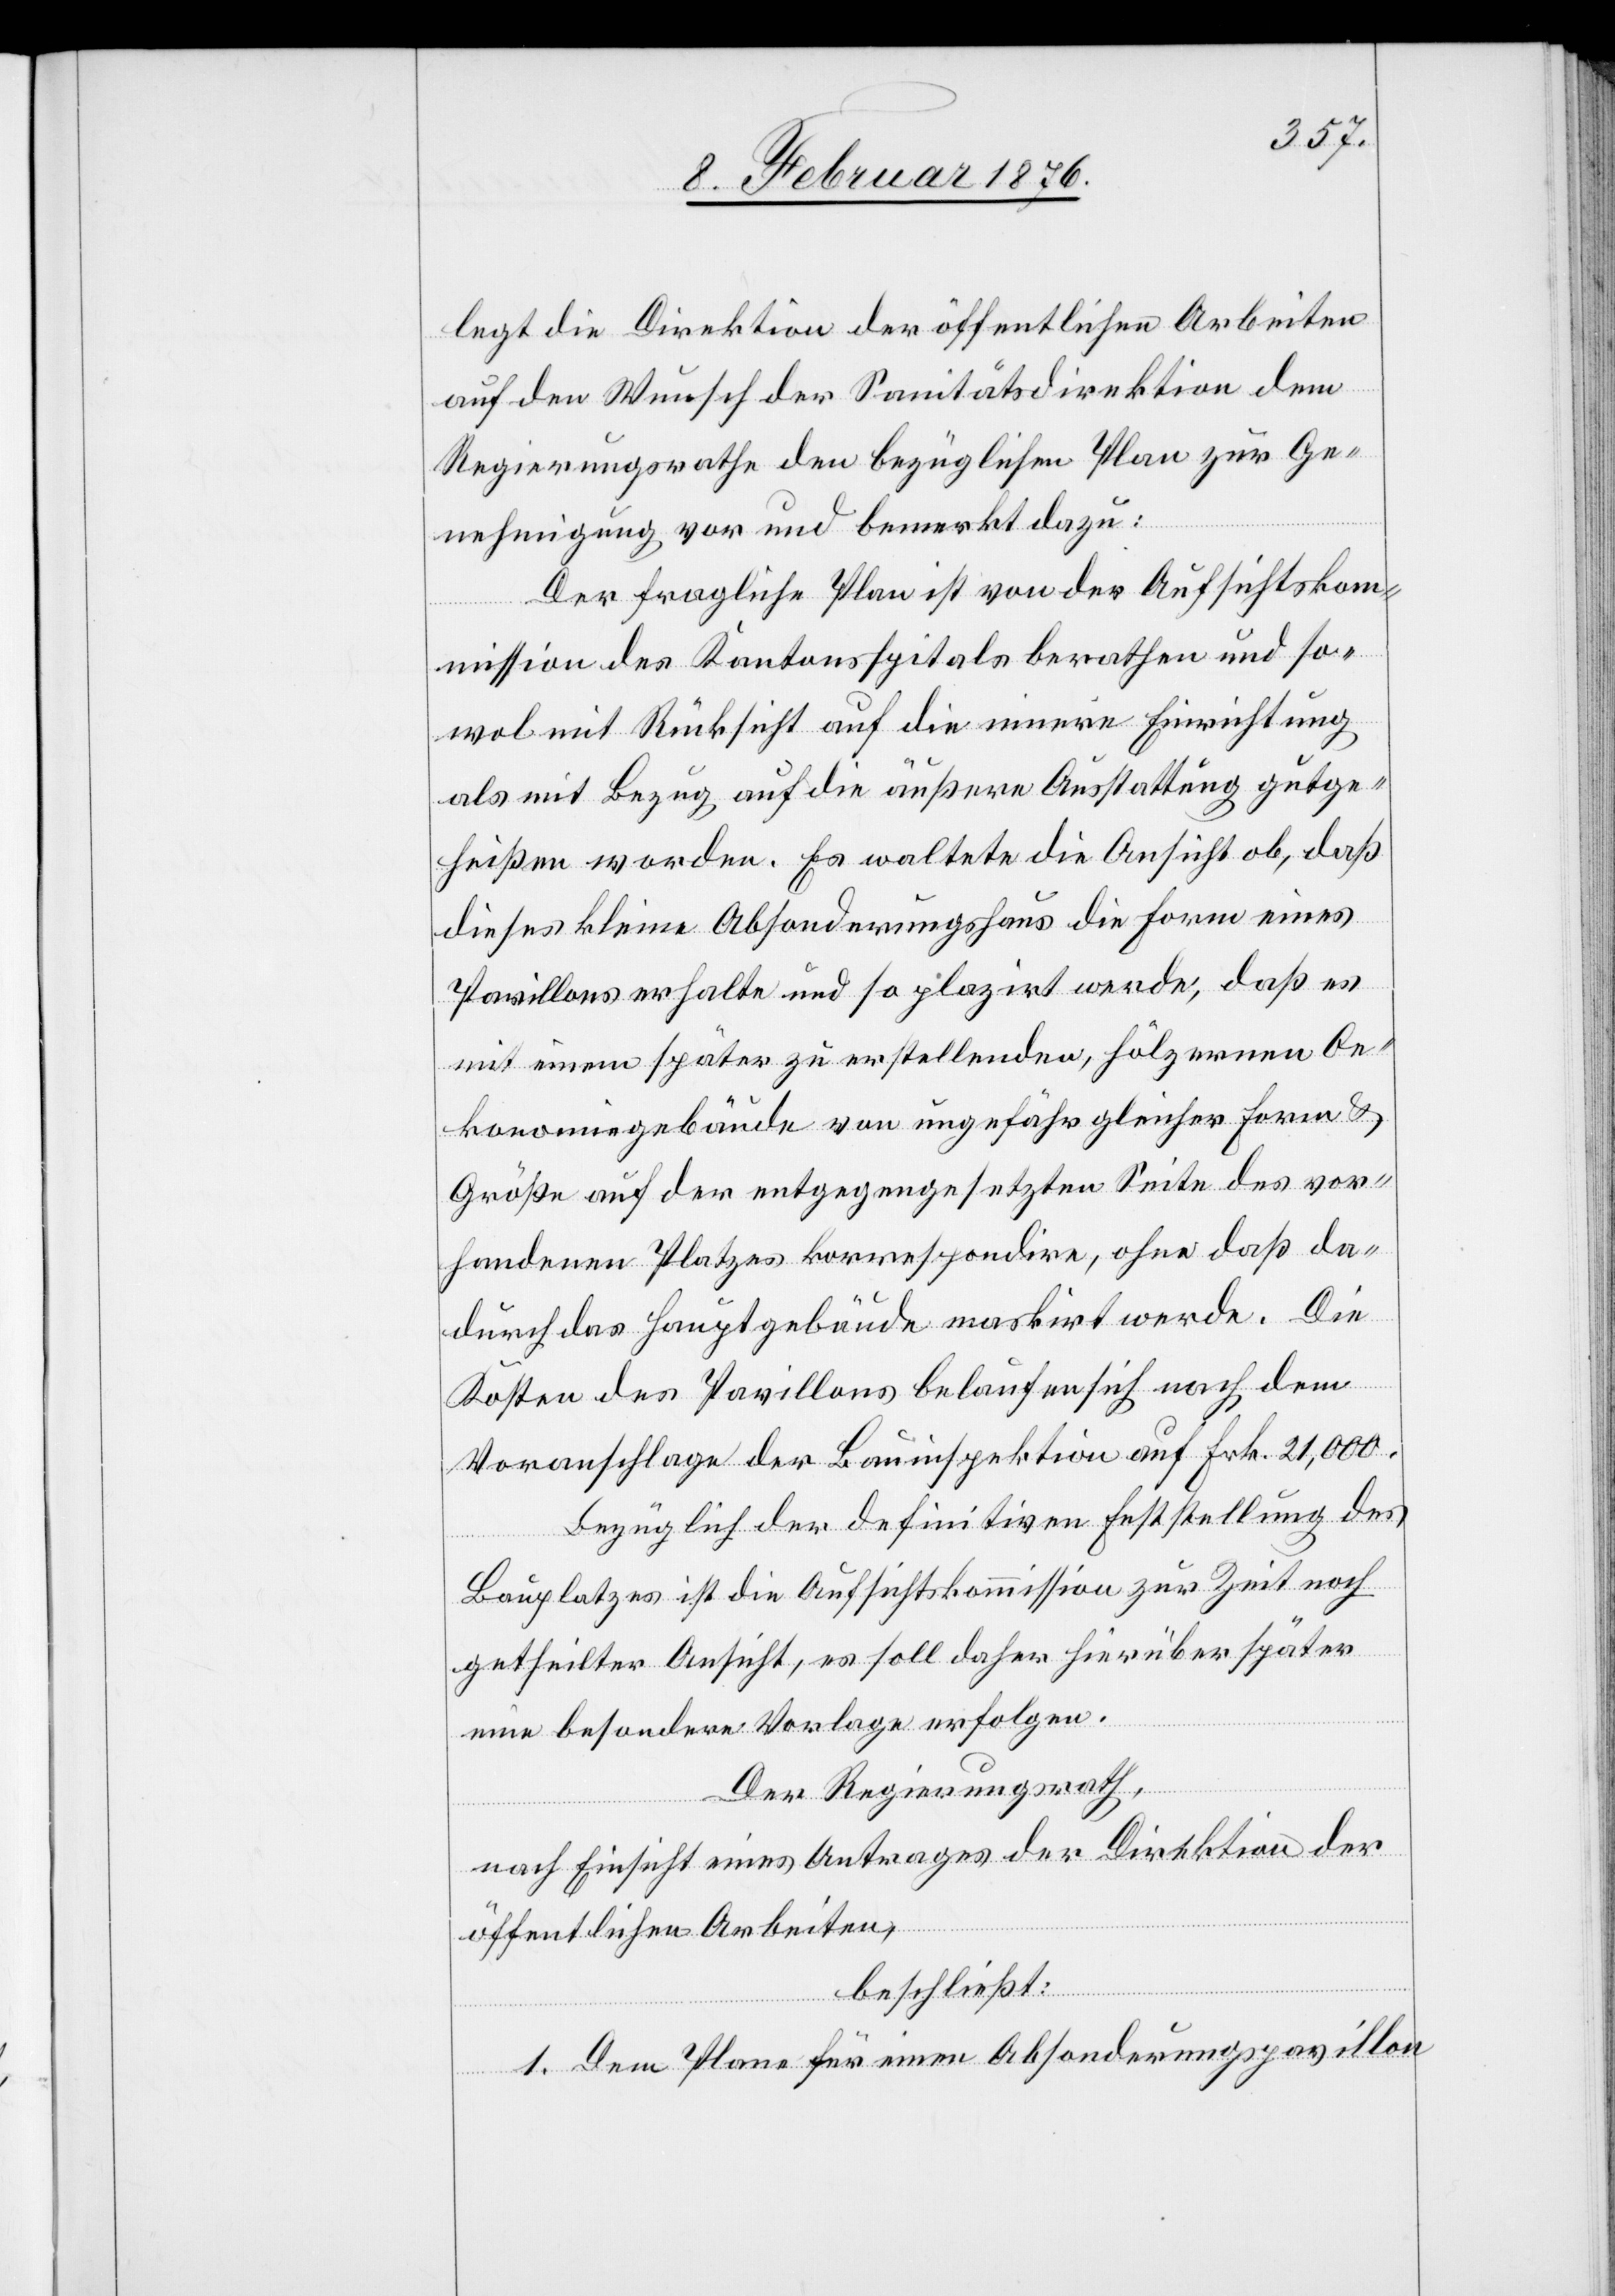
legt die Direktion der öffentlichen Arbeiten
Regierungsrathe den bezüglichen Plan zur Ge¬
nehmigung vor und bemerkt dazu:
Der fragliche Plan ist von der Aufsichtsko¬
mmission des Kantonsspitals berathen und so¬
wol mit Rücksicht auf die innere Einrichtung
als mit Bezug auf die äußere Ausstattung gutge¬
heißen worden. Es waltete die Ansicht ob, daß
dieses kleine Absonderungshaus die Form eines
Pavillons erhalte und so plazirt werde, daß es
mit einem später zu erstellenden, hölzernen Oe¬
konomiegebäude von ungefähr gleicher Form &
Größe auf der entgegengesetzten Seite des vor¬
handenen Platzes korrespondire, ohne daß da¬
durch das Hauptgebäude markirt werde. Die
Kosten des Pavillons belaufen sich nach dem
Voranschlage der Bauinspektion auf Frk. 21,000.
Bezüglich der definitiven Feststellung des
Bauplatzes ist die Aufsichtskommission zur Zeit noch
dem
getheilter Ansicht, es soll daher hierüber später
eine besondere Vorlage erfolgen.
Der Regierungsrath,
nach Einsicht eines Antrages der Direktion der
öffentlichen Arbeiten,
beschließt:
1. Dem Plan für einen Absonderungspavillon